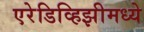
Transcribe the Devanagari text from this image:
एरेडिव्हिझीमध्ये